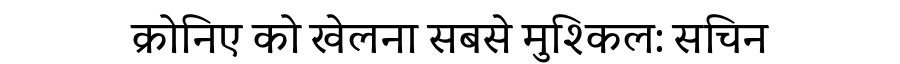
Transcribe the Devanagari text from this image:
क्रोनिए को खेलना सबसे मुश्किल: सचिन